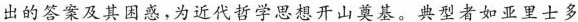
出的答案及其困惑，为近代哲学思想开山奠基。典型者如亚里士多